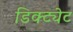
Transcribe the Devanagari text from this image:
डिक्ट्येट